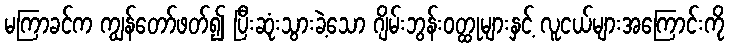
မကြာခင်က ကျွန်တော်ဖတ်၍ ပြီးဆုံးသွားခဲ့သော ဂျိမ်းဘွန်းဝတ္ထုများနှင့် လူငယ်များအကြောင်းကို